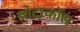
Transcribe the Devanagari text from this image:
प्रोटाकॉल